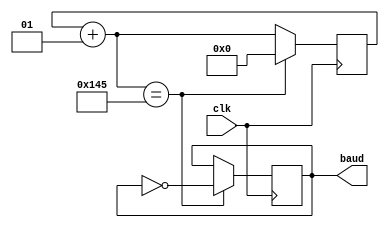
module baudrate_gen(
    input clk,
    output reg baud
    );
    
    integer counter = 0;
    initial begin
        baud <= 0;
    end
    always @(posedge clk)
    begin
        counter = counter + 1;
        if (counter == 325) begin counter = 0; baud = ~baud; end
    end
endmodule